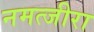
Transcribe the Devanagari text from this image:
नमत्जीरा